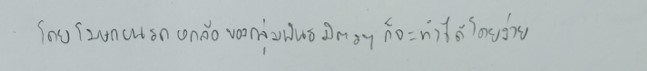
โดยโฆษกบนรถหกล้อของกลุ่มพันธมิตรฯก็จะทำได้โดยง่าย